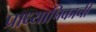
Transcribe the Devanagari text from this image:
प्राध्यापिकाची